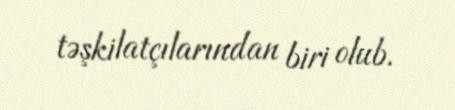
təşkilatçılarından biri olub.